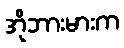
အိုဘားမားက